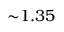
{ \sim } 1 . 3 5